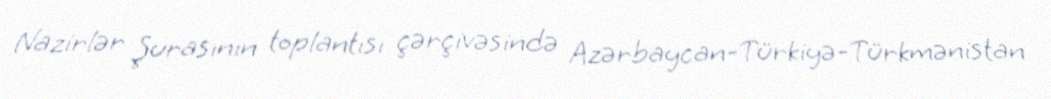
Nazirlər Şurasının toplantısı çərçivəsində Azərbaycan-Türkiyə-Türkmənistan